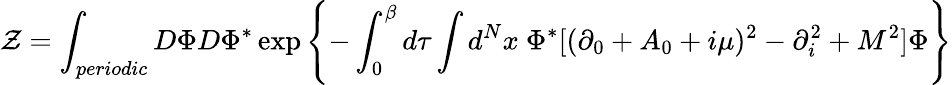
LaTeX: {\cal Z}=\int_{periodic}D\Phi D\Phi^{\ast}\exp\left\{ -\int_{0}^{\beta}d\tau\int d^{N}x\ \Phi^{\ast}[(\partial_{0}+A_{0}+i\mu)^{2}-\partial_{i}^{2}+M^{2}]\Phi\right\}